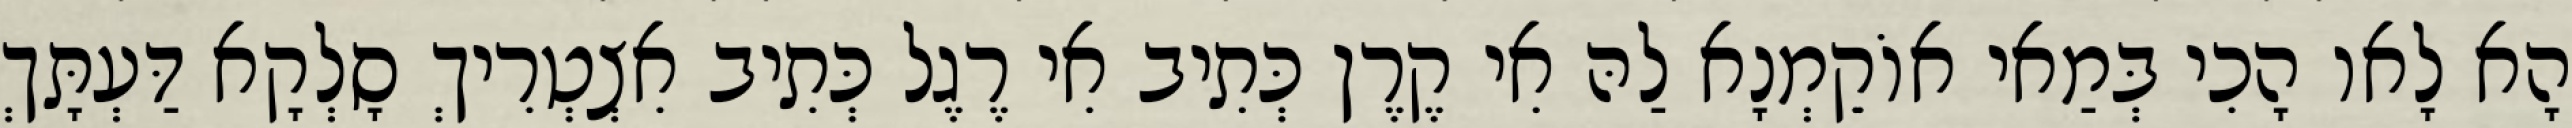
הָא לָאו הָכִי בְּמַאי אוֹקֵמְנָא לַהּ אִי קֶרֶן כְּתִיב אִי רֶגֶל כְּתִיב אִצְטְרִיךְ סָלְקָא דַּעְתָּךְ